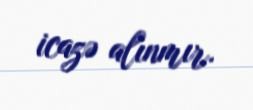
icazə alınmır.